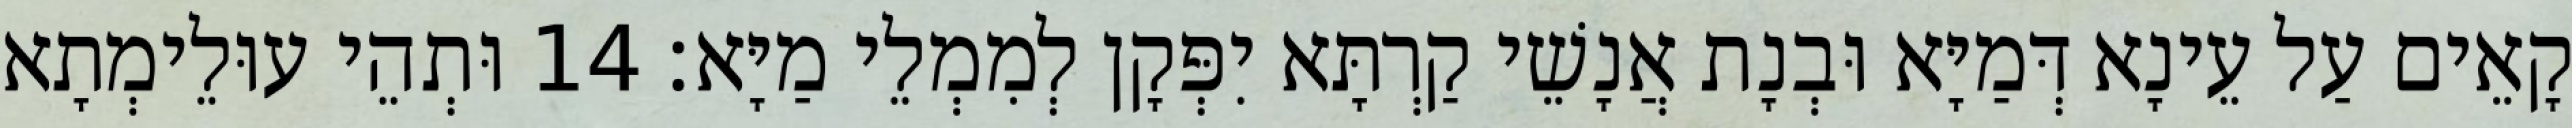
קָאֵים עַל עֵינָא דְּמַיָּא וּבְנָת אֲנָשֵׁי קַרְתָּא יִפְּקָן לְמִמְלֵי מַיָּא׃ 14 וּתְהֵי עוּלֵימְתָא